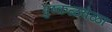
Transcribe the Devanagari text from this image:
पुष्कळवेळा